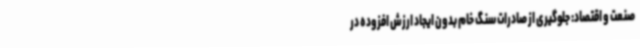
صنعت و اقتصاد: جلوگیری از صادرات سنگ خام بدون ایجاد ارزش افزوده در